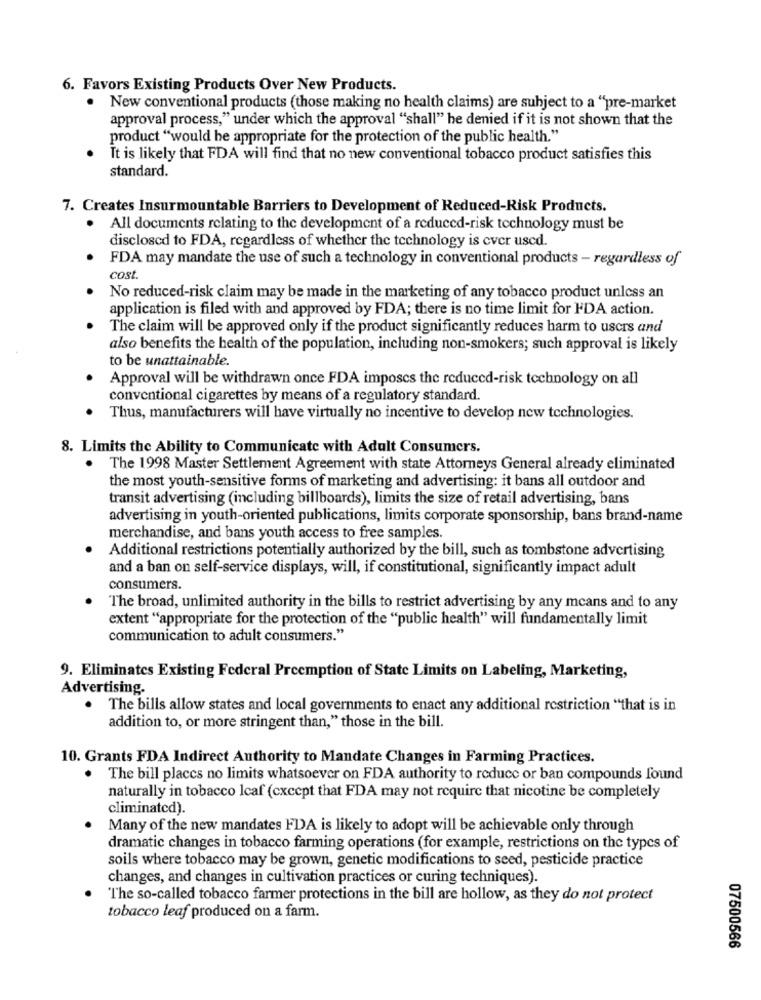
6. Favors Existing Products Over New Products.
· New conventional products (those making no health claims) are subject to a "pre-market
approval process," under which the approval "shall" he denied if it is not shown that the
product "would be appropriate for the protection of the public health."
It is likely that FDA will find that no new conventional tobacco product satisfies this
standard.
7. Creates Insurmountable Barriers to Development of Reduced-Risk Products.
All documents relating to the development of a reduced-risk technology must be
disclosed to FDA, regardless of whether the technology is cver used.
FDA may mandate the use of such a technology in conventional products - regardless of
cost
No reduced-risk claim may be made in the marketing of any tobacco product unless an
application is filed with and approved by FDA; there is no time limit for FDA action.
The claim will be approved only if the product significantly reduces harm to users and
also benefits the health of the population, including non-smokers; such approval is likely
to be unattainable.
Approval will be withdrawn once FDA imposcs the reduced-risk technology on all
conventional cigarettes by means of a regulatory standard.
Thus, manufacturers will have virtually no incentive to develop new technologies.
8. Limits the Ability to Communicate with Adult Consumers.
.
The 1998 Master Settlement Agreement with state Attorneys General already eliminated
the most youth-sensitive forms of marketing and advertising: it bans all outdoor and
transit advertising (including billboards), limits the size of retail advertising, bans
advertising in youth-oriented publications, limits corporate sponsorship, bans brand-name
merchandise, and bans youth access to free samples.
Additional restrictions potentially authorized by the bill, such as tombstone advertising
and a ban on self-service displays, will, if constitutional, significantly impact adult
consumers.
The broad, unlimited authority in the bills to restrict advertising by any means and to any
extent "appropriate for the protection of the "public health" will fundamentally limit
communication to adult consumers."
9. Eliminates Existing Federal Preemption of State Limits on Labeling, Marketing,
Advertising.
. The bills allow states and local governments to enact any additional restriction "that is in
addition to, or more stringent than," those in the bill.
10. Grants FDA Indirect Authority to Mandate Changes in Farming Practices.
. The bill placcs no limits whatsoever on FDA authority to reduce or ban compounds found
naturally in tobacco leaf (except that FDA may not require that nicotine be completely
climinated).
Many of the new mandates FDA is likely to adopt will be achievable only through
dramatic changes in tobacco farming operations (for example, restrictions on the types of
soils where tobacco may be grown, genetic modifications to seed, pesticide practice
changes, and changes in cultivation practices or curing techniques).
The so-called tobacco farmer protections in the bill are hollow, as they do not protect
tobacco leaf produced on a farm.
07500566